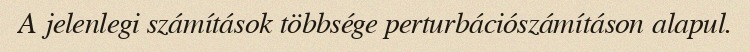
A jelenlegi számítások többsége perturbációszámításon alapul.